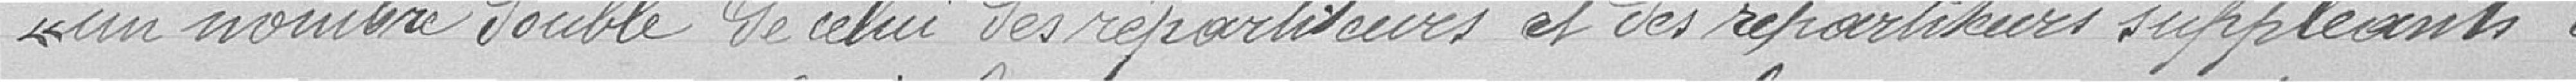
un nombre double de celui des répartiteurs et des répartiteurs suppléants à